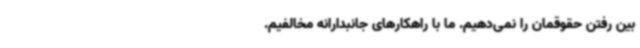
بین رفتن حقوقمان را نمی‌دهیم. ما با راهکارهای جانبدارانه مخالفیم.